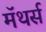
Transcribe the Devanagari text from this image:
मॅथर्स